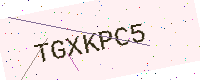
Text: TGXKPC5